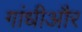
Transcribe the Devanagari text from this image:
गांधीऔर